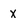
Character: x